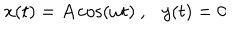
x ( t ) = A \cos ( \omega t ) \ , \ \ \ y ( t ) = 0